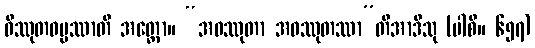
ဝိဿုတဓမ္မဿာတိ အတ္ထော။ “အဝဿုတာ အဝဿုတဿာ”တိအာဒီသု (ပါစိ။ ၆၅၇)